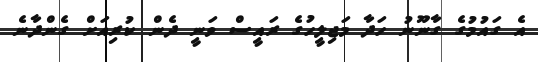
އެ ގައުމުގެ ގާނޫނު ހަދާ މަޖިލީހުގެ ރައީސް ވަނީ ދެން ކުރިއަށް ގެންދާނެ